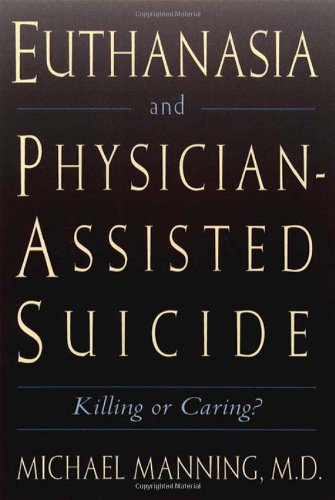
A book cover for Euthanasia and Physician-Assisted Suicide; Michael Manning; Medical Books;